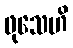
ဖုသေဟိ